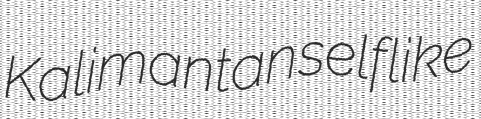
Kalimantan selflike